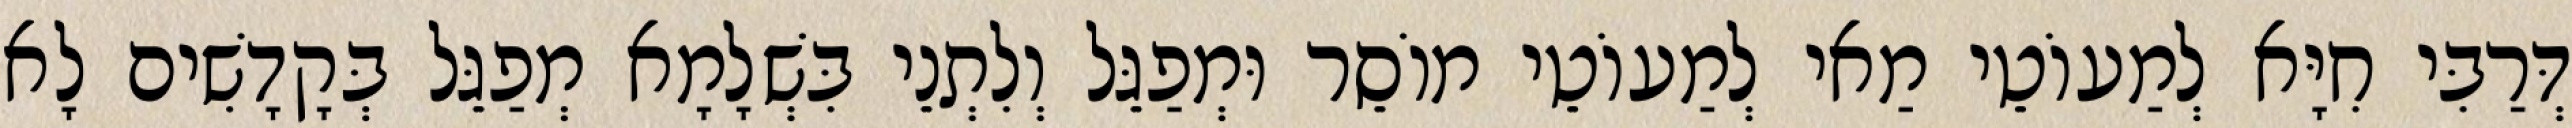
דְּרַבִּי חִיָּא לְמַעוֹטֵי מַאי לְמַעוֹטֵי מוֹסֵר וּמְפַגֵּל וְלִתְנֵי בִּשְׁלָמָא מְפַגֵּל בְּקָדָשִׁים לָא